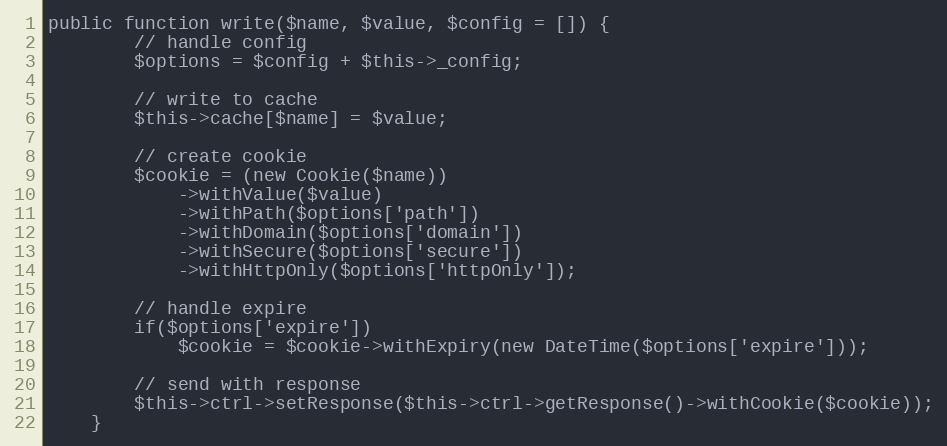
Language: PHP
public function write($name, $value, $config = []) {
        // handle config
        $options = $config + $this->_config;

        // write to cache
        $this->cache[$name] = $value;

        // create cookie
        $cookie = (new Cookie($name))
            ->withValue($value)
            ->withPath($options['path'])
            ->withDomain($options['domain'])
            ->withSecure($options['secure'])
            ->withHttpOnly($options['httpOnly']);

        // handle expire
        if($options['expire'])
            $cookie = $cookie->withExpiry(new DateTime($options['expire']));

        // send with response
        $this->ctrl->setResponse($this->ctrl->getResponse()->withCookie($cookie));
    }